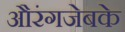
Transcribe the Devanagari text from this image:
औरंगजेबके